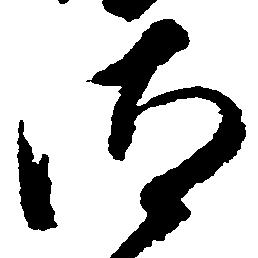
汰